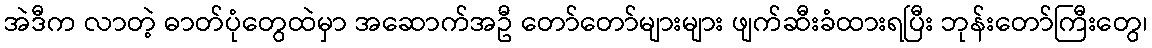
အဲဒီက လာတဲ့ ဓာတ်ပုံတွေထဲမှာ အဆောက်အဦ တော်တော်များများ ဖျက်ဆီးခံထားရပြီး ဘုန်းတော်ကြီးတွေ၊